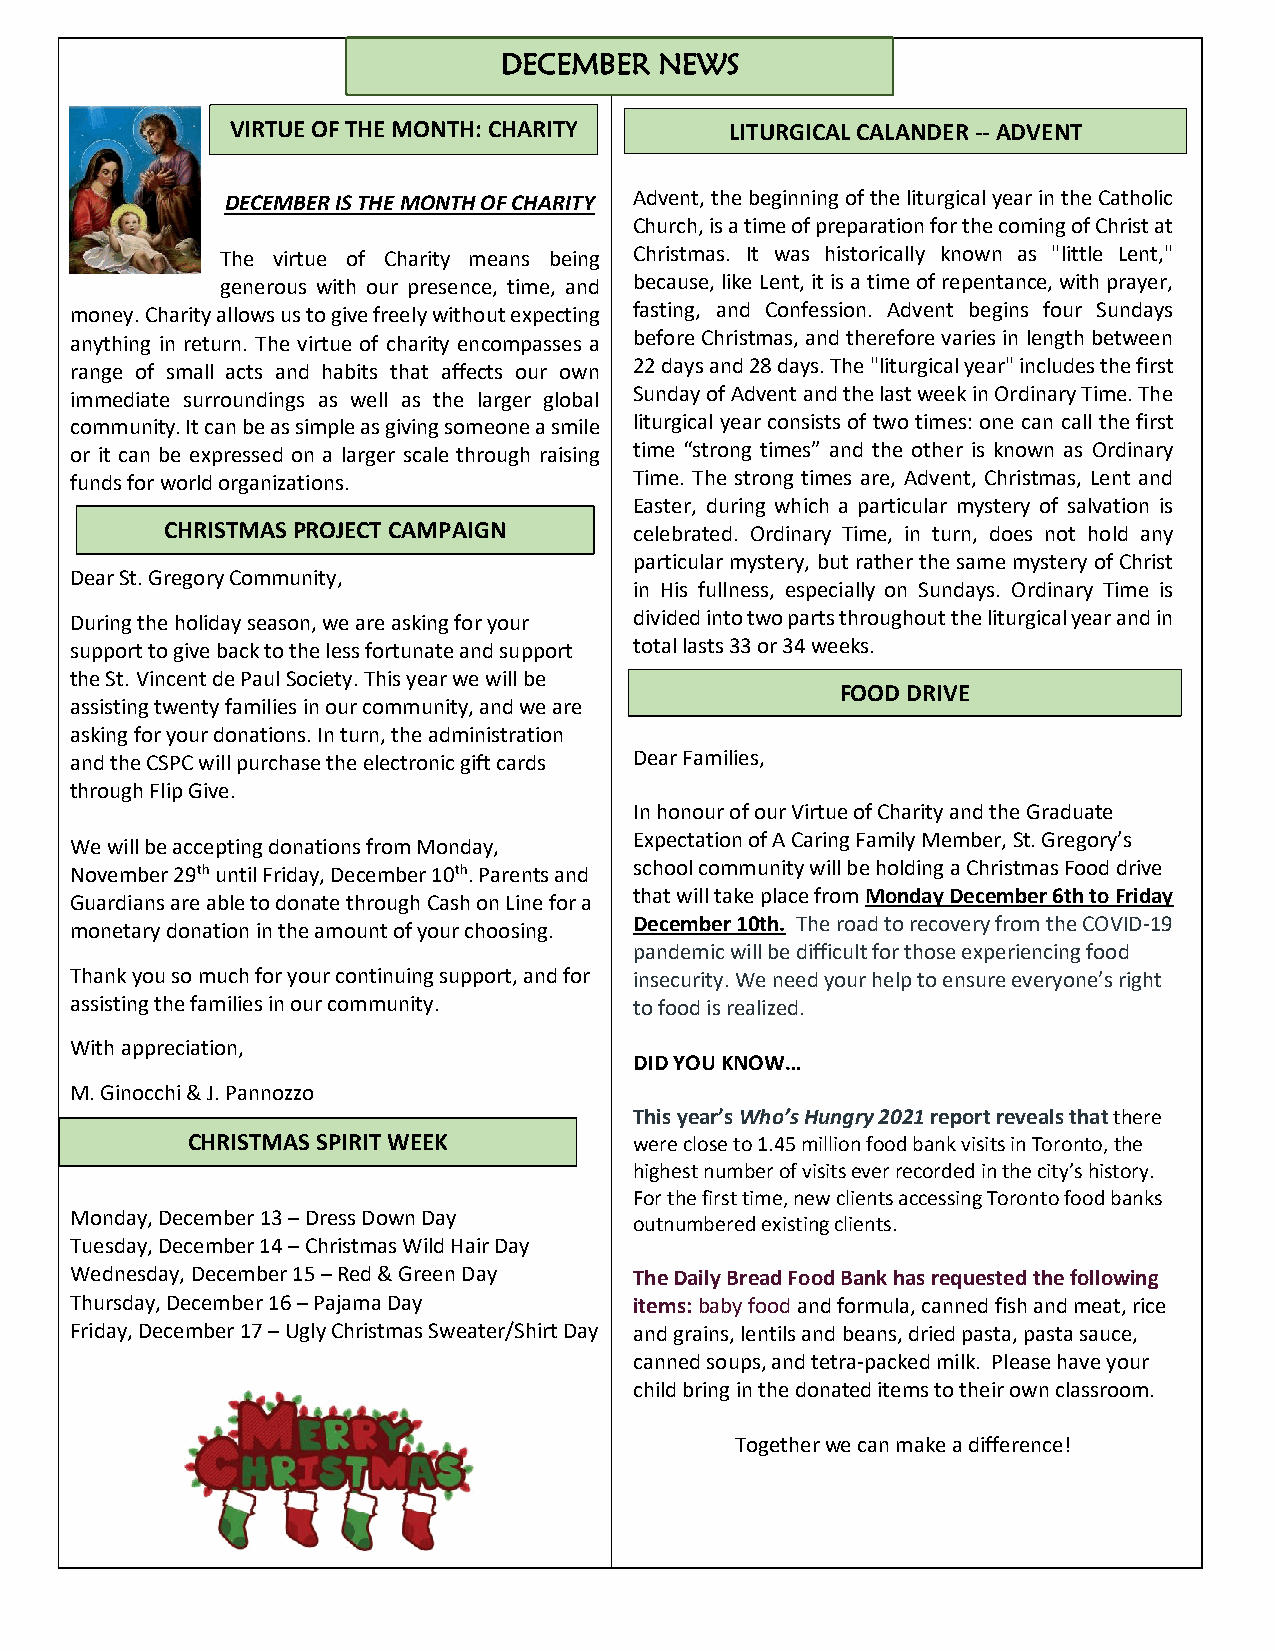
DECEMBE,
 R NEWS
 VIRTUE OF THE MONTH: CHARITY     LITURGICAL CALANDER -- ADVENT
 DECEMBER IS THE MONTH OF CHARITY Advent, the beginning of the liturgical year in the Catholic
 Church, is a time of preparation for the coming of Christ at
 The virtue of Charity means being Christmas. It was historically known as "little Lent,"
 generous with our presence, time, and because, like Lent, it is a time of repentance, with prayer,
 money. Charity allows us to give freely without expecting fasting, and Confession. Advent begins four Sundays
 anything in return. The virtue of charity encompasses a before Christmas, and therefore varies in length between
 range of small acts and habits that affects our own 22 days and 28 days. The "liturgical year" includes the first
 immediate surroundings as well as the larger global Sunday of Advent and the last week in Ordinary Time. The
 community. It can be as simple as giving someone a smile liturgical year consists of two times: one can call the first
 or it can be expressed on a larger scale through raising time “strong times” and the other is known as Ordinary
 funds for world organizations.       Time. The strong times are, Advent, Christmas, Lent and
 Easter, during which a particular mystery of salvation is
 CHRISTMAS PROJECT CAMPAIGN     celebrated. Ordinary Time, in turn, does not hold any
 particular mystery, but rather the same mystery of Christ
 Dear St. Gregory Community,
 in His fullness, especially on Sundays. Ordinary Time is
 During the holiday season, we are asking for your divided into two parts throughout the liturgical year and in
 support to give back to the less fortunate and support total lasts 33 or 34 weeks.
 the St. Vincent de Paul Society. This year we will be
 FOOD DRIVE
 assisting twenty families in our community, and we are
 asking for your donations. In turn, the administration
 and the CSPC will purchase the electronic gift cards Dear Families,
 through Flip Give.
 In honour of our Virtue of Charity and the Graduate
 Expectation of A Caring Family Member, St. Gregory’s
 We will be accepting donations from Monday,
 November 29th until Friday, December 10th. Parents and school community will be holding a Christmas Food drive
 that will take place from Monday December 6th to Friday
 Guardians are able to donate through Cash on Line for a
 December 10th. The road to recovery from the COVID-19
 monetary donation in the amount of your choosing.
 pandemic will be difficult for those experiencing food
 Thank you so much for your continuing support, and for insecurity. We need your help to ensure everyone’s right
 assisting the families in our community. to food is realized.
 With appreciation,
 DID YOU KNOW…
 M. Ginocchi & J. Pannozzo
 This year’s Who’s Hungry 2021 report reveals that there
 CHRISTMAS SPIRIT WEEK         were close to 1.45 million food bank visits in Toronto, the
 highest number of visits ever recorded in the city’s history.
 For the first time, new clients accessing Toronto food banks
 Monday, December 13 – Dress Down Day
 outnumbered existing clients.
 Tuesday, December 14 – Christmas Wild Hair Day
 Wednesday, December 15 – Red & Green Day The Daily Bread Food Bank has requested the following
 Thursday, December 16 – Pajama Day   items: baby food and formula, canned fish and meat, rice
 Friday, December 17 – Ugly Christmas Sweater/Shirt Day and grains, lentils and beans, dried pasta, pasta sauce,
 canned soups, and tetra-packed milk. Please have your
 child bring in the donated items to their own classroom.
 Together we can make a difference!